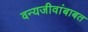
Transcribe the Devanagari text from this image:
वन्यजीवांबाबत